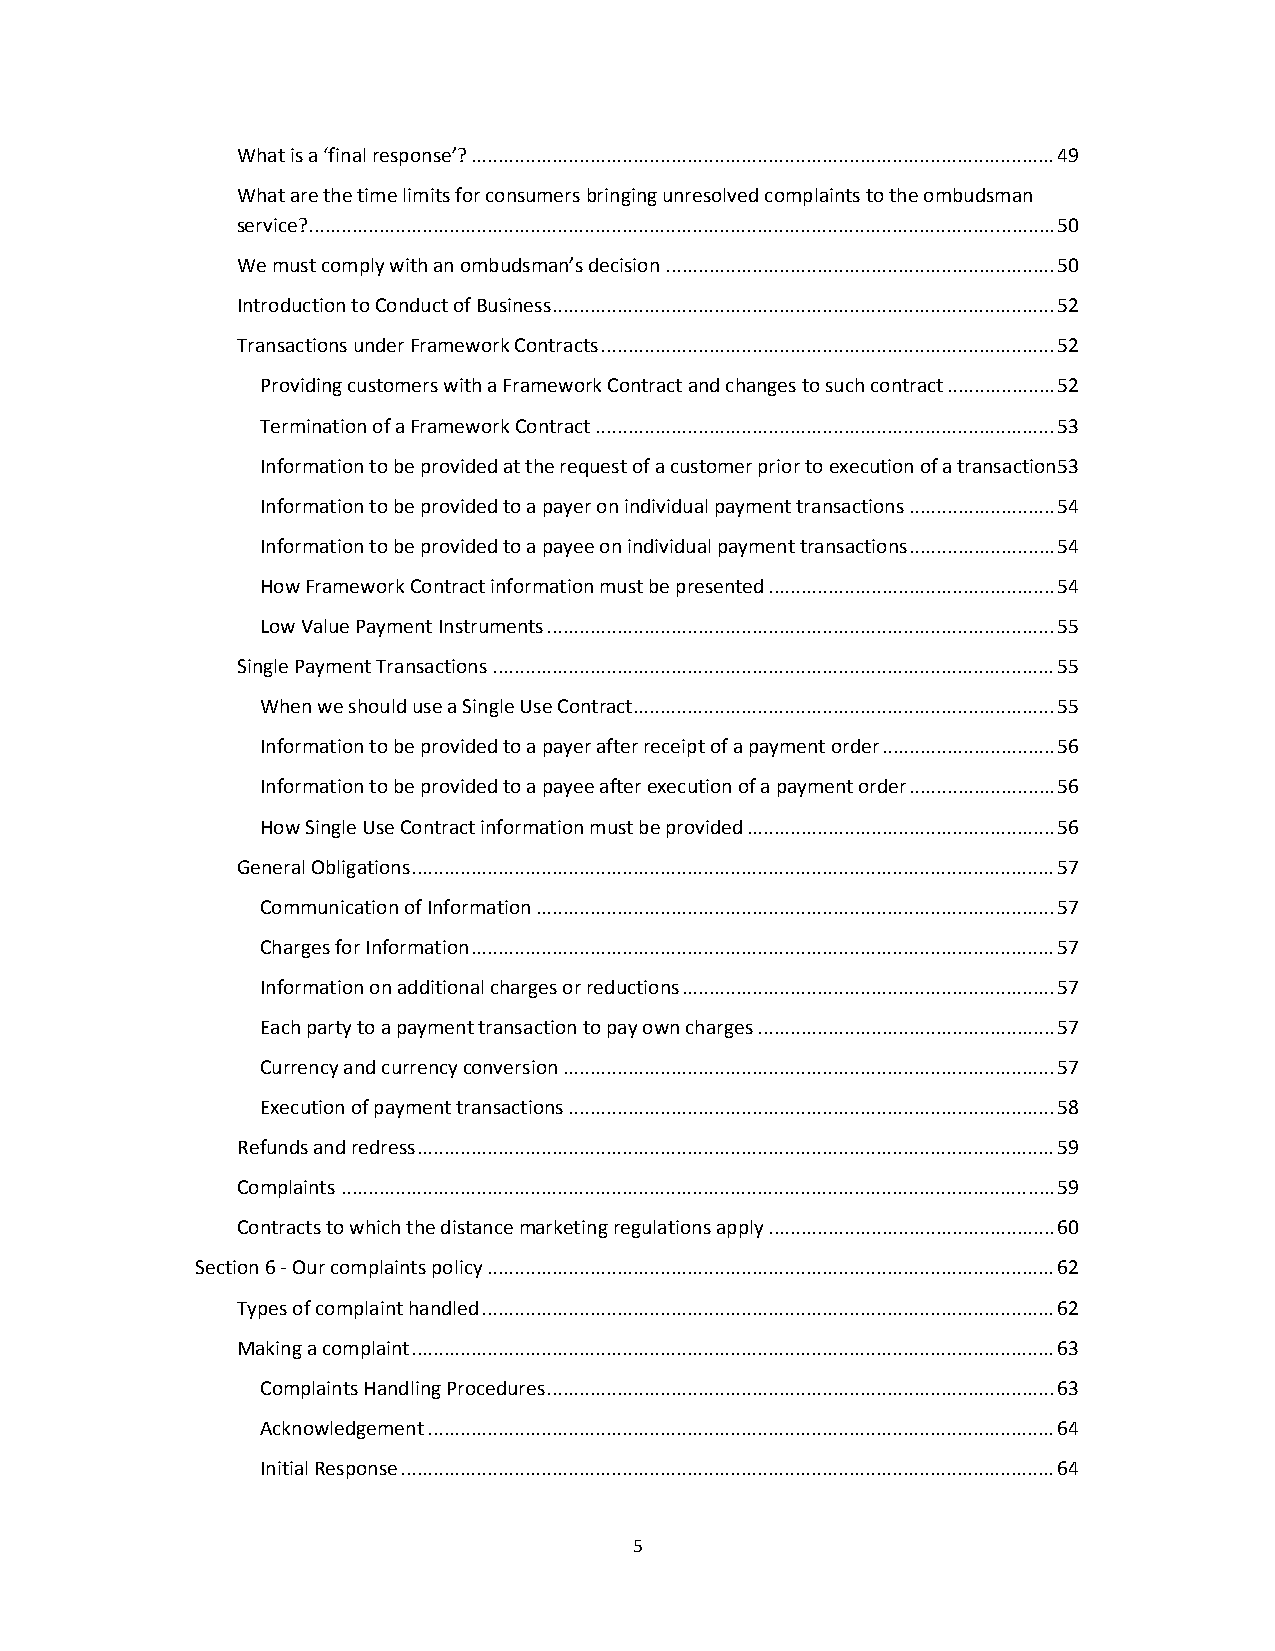
What is a ‘final response’? ............................................................................................................ 49
 What are the time limits for consumers bringing unresolved complaints to the ombudsman
 service? .......................................................................................................................................... 50
 We must comply with an ombudsman’s decision ........................................................................ 50
 Introduction to Conduct of Business ............................................................................................. 52
 Transactions under Framework Contracts .................................................................................... 52
 Providing customers with a Framework Contract and changes to such contract .................... 52
 Termination of a Framework Contract ..................................................................................... 53
 Information to be provided at the request of a customer prior to execution of a transaction 53
 Information to be provided to a payer on individual payment transactions ........................... 54
 Information to be provided to a payee on individual payment transactions ........................... 54
 How Framework Contract information must be presented ..................................................... 54
 Low Value Payment Instruments .............................................................................................. 55
 Single Payment Transactions ........................................................................................................ 55
 When we should use a Single Use Contract.............................................................................. 55
 Information to be provided to a payer after receipt of a payment order ................................ 56
 Information to be provided to a payee after execution of a payment order ........................... 56
 How Single Use Contract information must be provided ......................................................... 56
 General Obligations ....................................................................................................................... 57
 Communication of Information ................................................................................................ 57
 Charges for Information ............................................................................................................ 57
 Information on additional charges or reductions ..................................................................... 57
 Each party to a payment transaction to pay own charges ....................................................... 57
 Currency and currency conversion ........................................................................................... 57
 Execution of payment transactions .......................................................................................... 58
 Refunds and redress ...................................................................................................................... 59
 Complaints .................................................................................................................................... 59
 Contracts to which the distance marketing regulations apply ..................................................... 60
 Section 6 ‐ Our complaints policy ......................................................................................................... 62
 Types of complaint handled .......................................................................................................... 62
 Making a complaint ....................................................................................................................... 63
 Complaints Handling Procedures .............................................................................................. 63
 Acknowledgement .................................................................................................................... 64
 Initial Response ......................................................................................................................... 64
 5